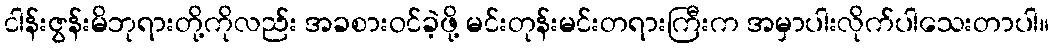
ငါန်းဇွန်းမိဘုရားတို့ကိုလည်း အခစားဝင်ခဲ့ဖို့ မင်းတုန်းမင်းတရားကြီးက အမှာပါးလိုက်ပါသေးတာပါ။